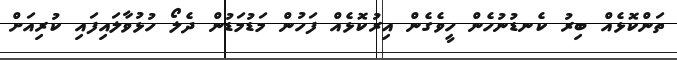
ތަންކޮޅެއް ބިރު ކެނޑުނުހެން ހީވެގެން އިރުކޮޅެއް ފަހުން މަޑުމަޑުން ދެލޯ ހުޅުވާލައިފައި ކުރިއަށް